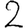
Digit: 2